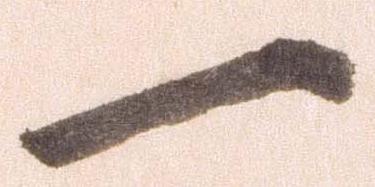
一